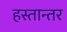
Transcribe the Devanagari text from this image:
हस्तान्तर